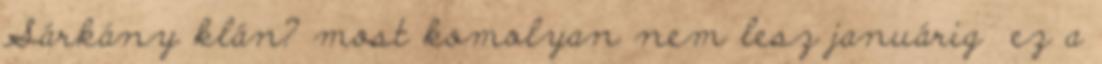
Sárkány klán? most komolyan nem lesz januárig ez a